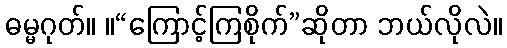
ဓမ္မဂုတ်။ ။“ကြောင့်ကြစိုက်”ဆိုတာ ဘယ်လိုလဲ။